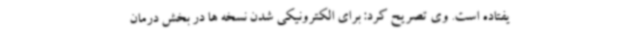
یفتاده است. وی تصریح کرد: برای الکترونیکی شدن نسخه ها در بخش درمان